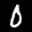
Label: 0